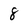
Character: 8